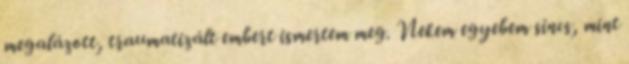
megalázott, traumatizált embert ismertem meg. Nekem egyebem sincs, mint